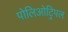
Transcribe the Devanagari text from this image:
पोलिओट्रिपल